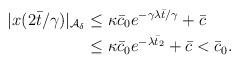
LaTeX: \begin{align*}\begin{aligned}|x(2\bar{t}/\gamma)|_{\mathcal{A}_\delta} &\le \kappa \bar c_0 e^{-\gamma \lambda \bar{t}/\gamma} + \bar c\\&\le \kappa \bar c_0 e^{-\lambda \bar{t}_2} + \bar c < \bar c_0.\end{aligned}\end{align*}